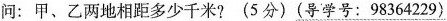
问：甲、乙两地相距多少千米? (5分) (导学号：98364229)